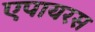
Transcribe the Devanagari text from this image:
एपायरस